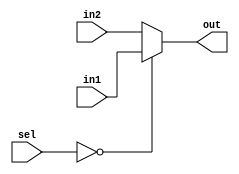
module mux2X1 (
    output   reg    [31:0]   out,
    input    wire   [31:0]   in1, in2,
    input    wire   [1:0]    sel
);

always @(*)
    begin
        case (sel)
            2'b00 : out = in1;
            default : out = in2;
        endcase 
    end

endmodule